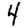
Digit: 4